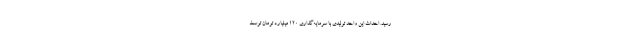
رسید. احداث این واحد تولیدی با سرمایه‌گذاری ۱۲۰ میلیارد تومان توسط